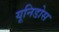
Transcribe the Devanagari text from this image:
यूनिडोस